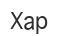
Хар